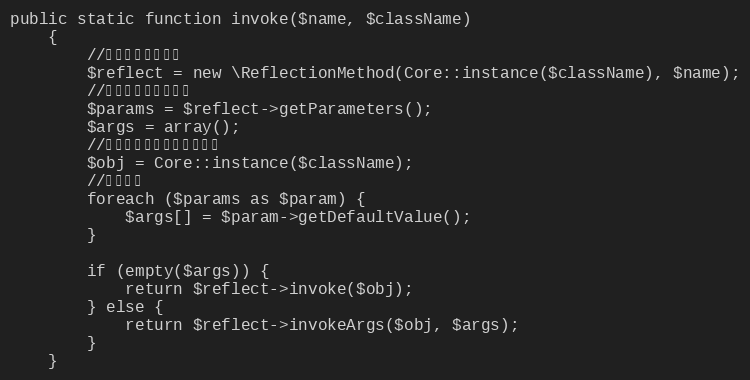
Language: PHP
public static function invoke($name, $className)
    {
        //创建反射方法对象
        $reflect = new \ReflectionMethod(Core::instance($className), $name);
        //获取当前方法的参数
        $params = $reflect->getParameters();
        $args = array();
        //获取要调用方法的实例对象
        $obj = Core::instance($className);
        //遍历参数
        foreach ($params as $param) {
            $args[] = $param->getDefaultValue();
        }

        if (empty($args)) {
            return $reflect->invoke($obj);
        } else {
            return $reflect->invokeArgs($obj, $args);
        }
    }